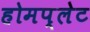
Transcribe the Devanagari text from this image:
होमप्लेट